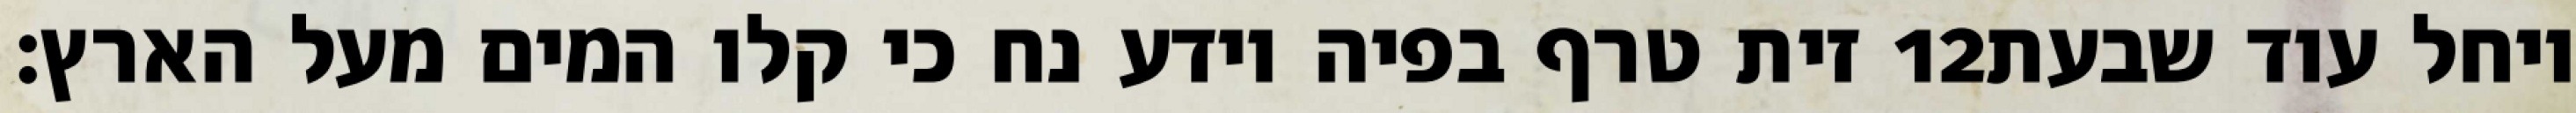
זית טרף בפיה וידע נח כי קלו המים מעל הארץ׃ ‎12‏ ויחל עוד שבעת